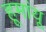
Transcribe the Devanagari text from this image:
हूमांयू